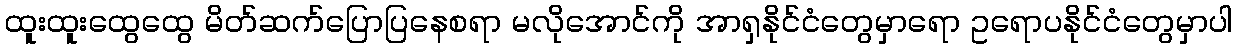
ထူးထူးထွေထွေ မိတ်ဆက်ပြောပြနေစရာ မလိုအောင်ကို အာရှနိုင်ငံတွေမှာရော ဥရောပနိုင်ငံတွေမှာပါ